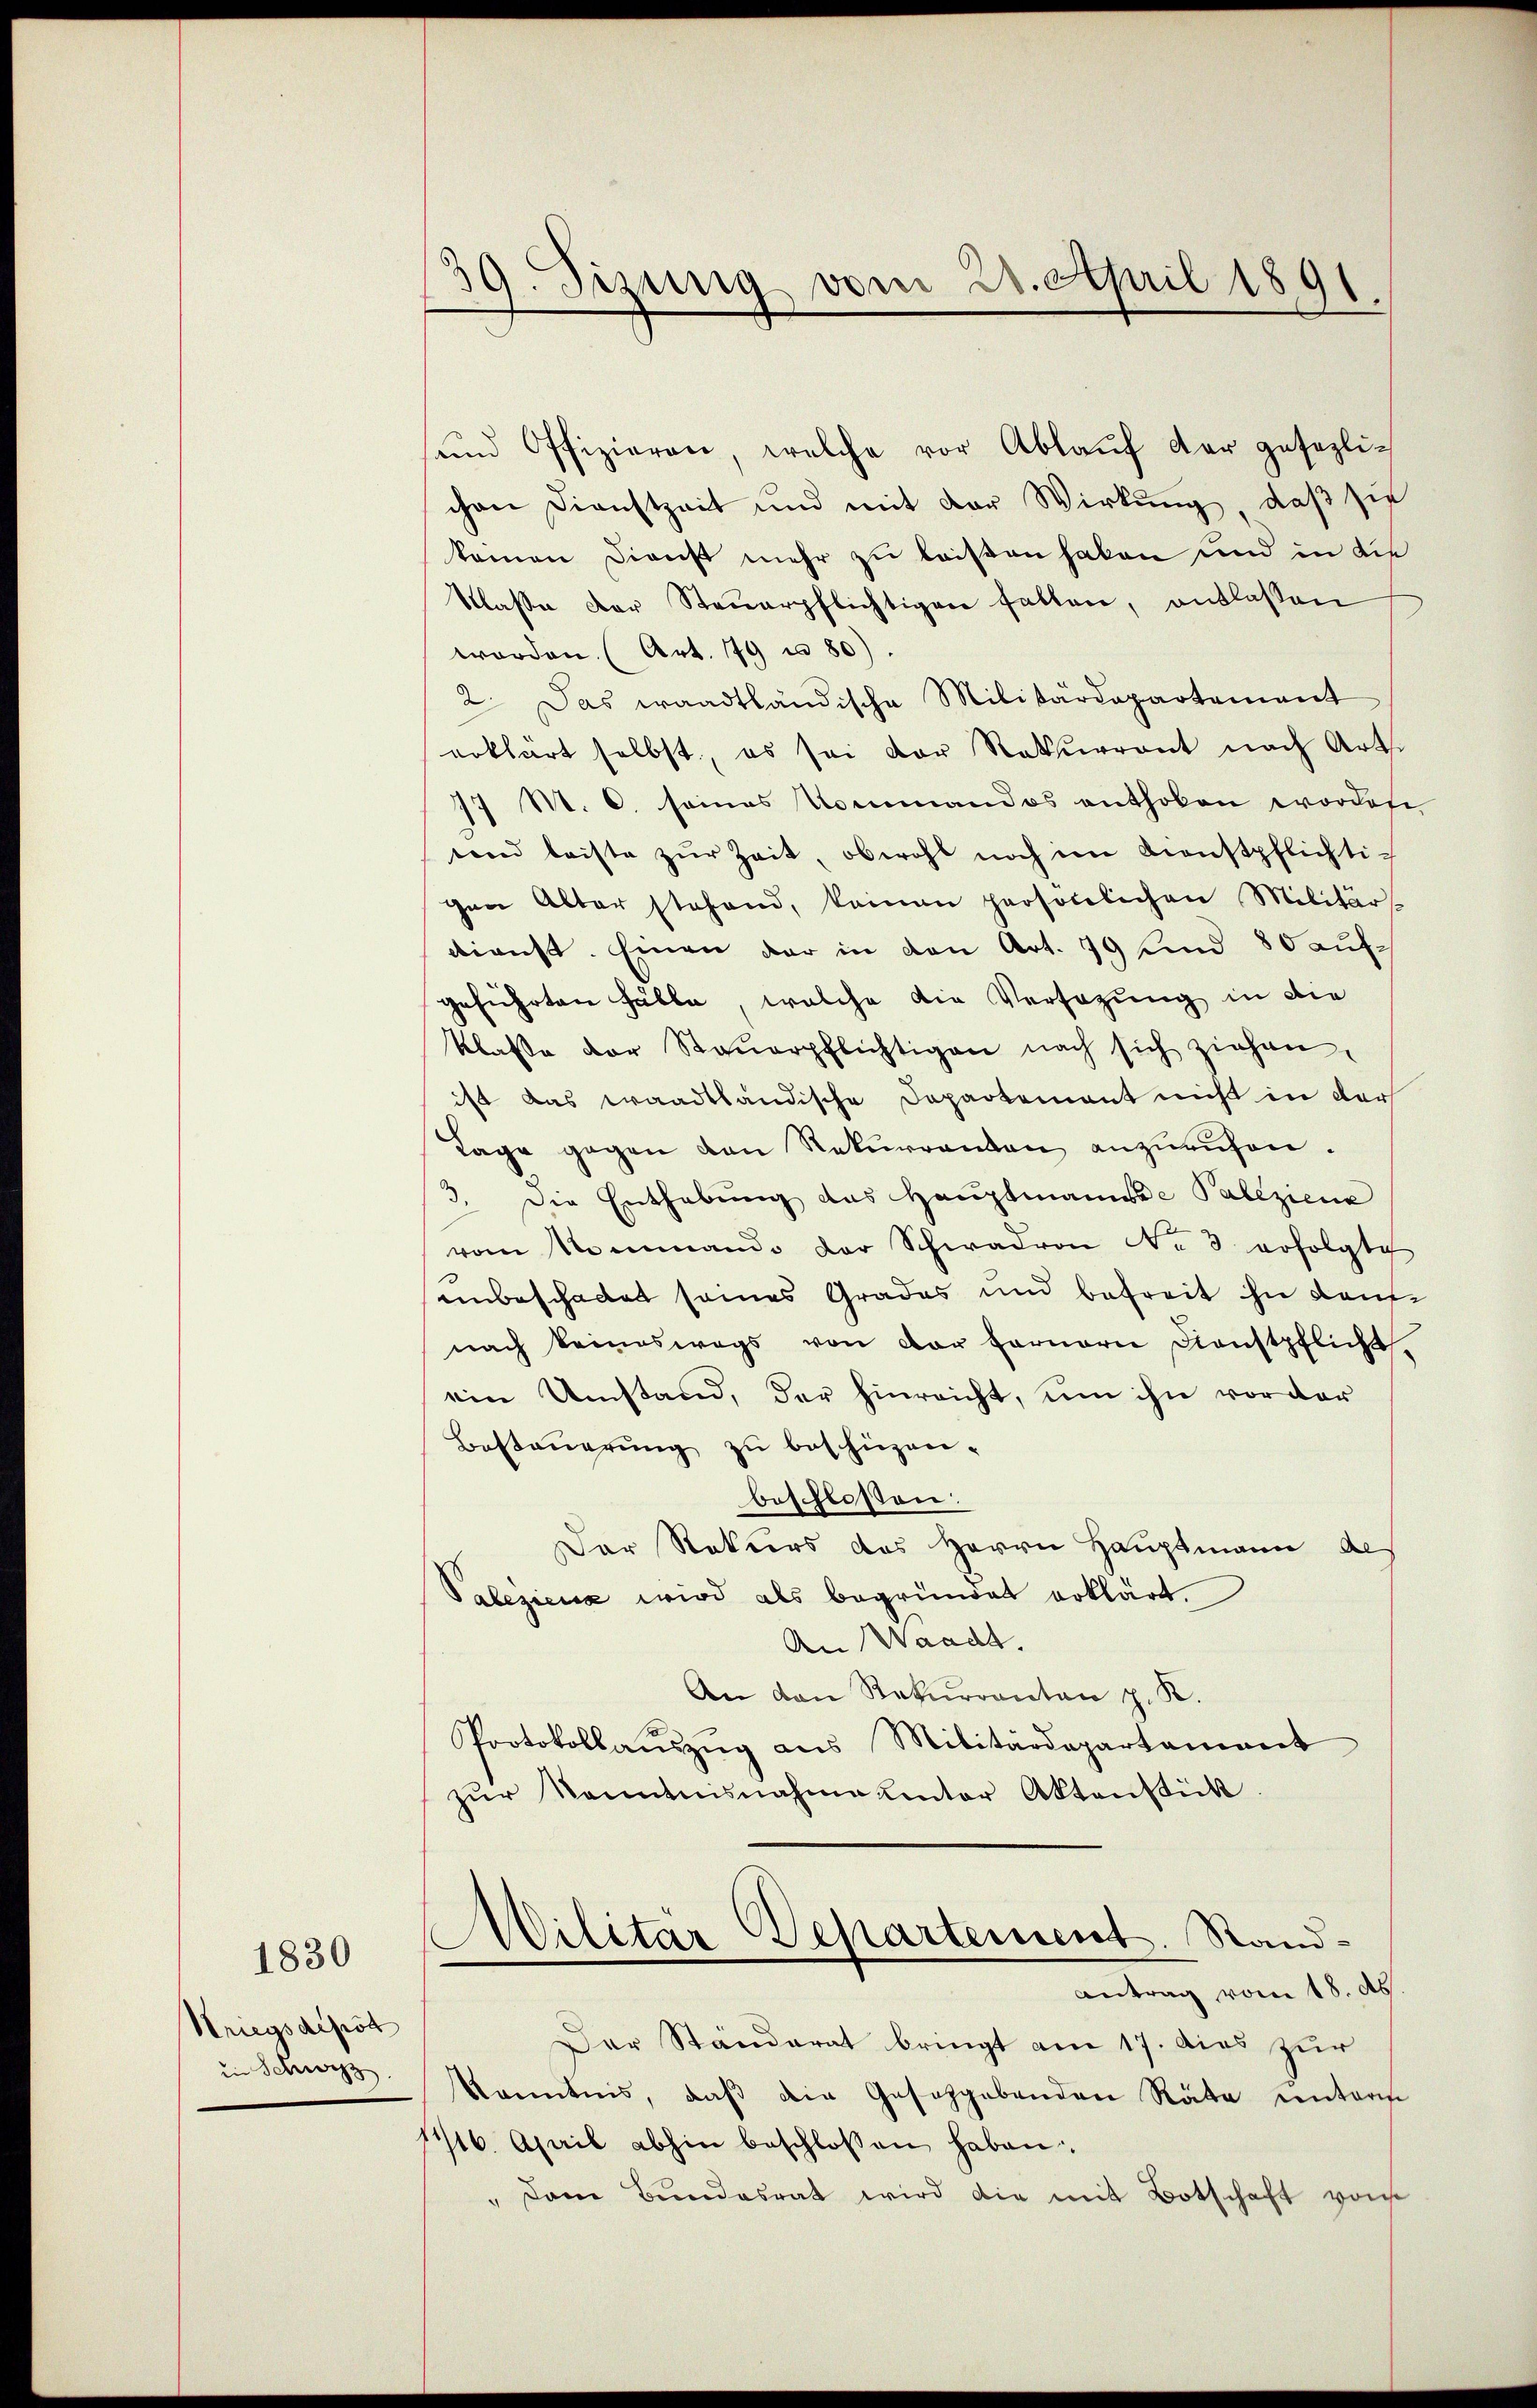
1830
Kriegsdipot
in Schwerz

39. Sizung vom 21. April 1891.

sund Offizieren, welche vor Ablaŭf der gesezlichen Dienstzeit und mit der Wirkung, daß sie
kamen Dienst mehr zu leisten haben und in die
Klasse der Steŭerpflichtigen fallen, anlaßen
worden. (Art. 179 u. 80).
2. Das waadtländische Militärdepartement
erklärt selbst, es sei der Rekurront nach Art.
77 M. C. seines Kommandos enthoben worden
tend leiste zŭr Zeit, obwohl noch im Dienstpflichti-
gen Alter stehend, keinen persönlichen Militär-
dienst. Einen der in den Art. 79 und 80 aufgeführten Fälle, welche die Versagung in die
klasse der Steŭerpflichtigen nach sich ziehen
ist das waadtländische Departement nicht in der
Tage gegen den Rekurrenten anzuruhen.
3. Die Enthebŭng das Haŭptmanne Paleziena
vom Mommando der Schwadron No 3 erfolgte
unbeschadet seines Grades und befreit ihn demnach keineswegs von der fernern Dienstpflicht.
ein Umstand, der hinreicht, um ihn vor der
Besteŭerŭng zŭ beschüzen.
beschloßen:
Der Rekurs des Herrn Hauptmann des
Valeziena wird als begründet erklärt.
An Waadt.
An den Rekurrenten z. K.
Protokollaŭszŭg ans Militärdepartament
zŭr Kenntnisnahme unter Aktenstück.
Militär Departement. Sand¬
Antrag vom 18. ds
Der Ständerat bringt am 17. dies zur
kanntnis, daß die Gesetzgebenden Räte unterm
1716. April abhin beschlossen haben.
" dem Bŭndesrat wird die mit Botschaft von